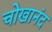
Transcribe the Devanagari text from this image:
चोखानंद